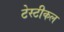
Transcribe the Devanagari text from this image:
टेस्टीकल